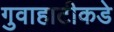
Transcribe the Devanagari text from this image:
गुवाहाटीकडे